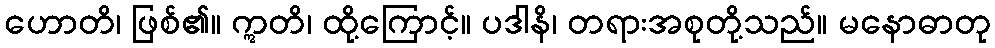
ဟောတိ၊ ဖြစ်၏။ ဣတိ၊ ထို့ကြောင့်။ ပဒါနိ၊ တရားအစုတို့သည်။ မနောဓာတု